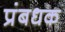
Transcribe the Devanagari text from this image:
प्रंबधक